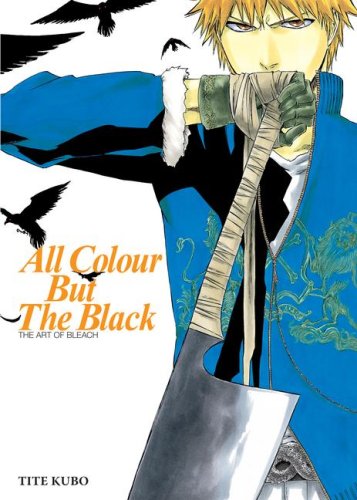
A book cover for All Colour but the Black: The Art of Bleach; Tite Kubo; Comics & Graphic Novels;